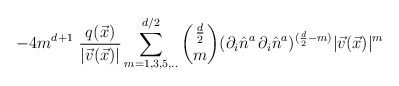
\begin{align*}-4 m^{d+1} \, \, \frac{q(\vec{x})}{|\vec{v}(\vec{x})|} \sum_{m=1, 3, 5, . . }^{d/2} {\frac{d}{2} \choose m}(\partial_{i}\hat{n}^{a}\,\partial_{i}\hat{n}^{a})^{(\frac{d}{2} -m)} |\vec{v}(\vec{x})|^{m}\end{align*}